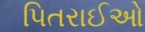
પિતરાઈઓ